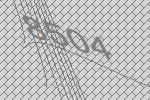
8504